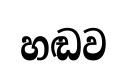
හඬව